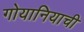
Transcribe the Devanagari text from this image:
गोयानियाची